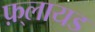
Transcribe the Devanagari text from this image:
फ़्लायड